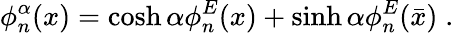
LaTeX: \phi_{n}^{\alpha}(x)=\cosh\alpha\phi_{n}^{E}(x)+\sinh\alpha\phi_{n}^{E}(\bar{x})\; .